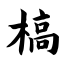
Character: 槁